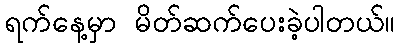
ရက်နေ့မှာ မိတ်ဆက်ပေးခဲ့ပါတယ်။